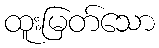
ထူးမြတ်သော